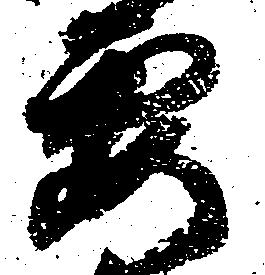
要